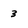
Character: 3